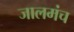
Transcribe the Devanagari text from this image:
जालमंच